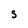
Character: S